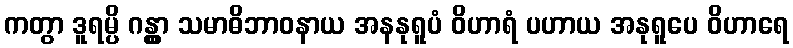
ကတွာ ဒူရမ္ပိ ဂန္တွာ သမာဓိဘာဝနာယ အနနုရူပံ ဝိဟာရံ ပဟာယ အနုရူပေ ဝိဟာရေ